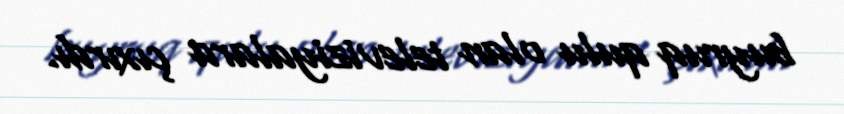
buyruq qulu olan televiziyalara çıxırdı.